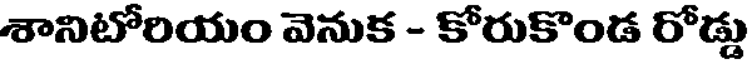
శానిటోరియం వెనుక - కోరుకొండ రోడ్డు